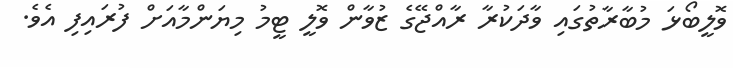
ވޮލީބޯޅަ މުބާރާތުގައި ވާދަކުރާ ރާއްޖޭގެ ޒުވާން ވޮލީ ޓީމު މިޔަންމާއަށް ފުރައިފި އެވެ.